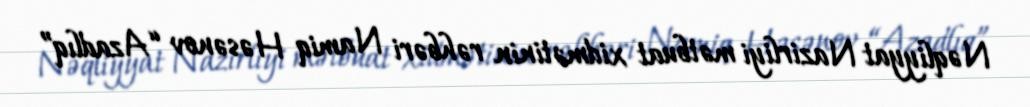
Nəqliyyat Nazirliyi mətbuat xidmətinin rəhbəri Namiq Həsənov “Azadlıq”